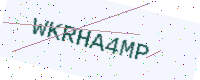
Text: WKRHA4MP